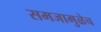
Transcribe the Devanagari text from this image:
समजामुळेच